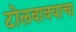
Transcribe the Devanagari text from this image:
टोलवावयाचा